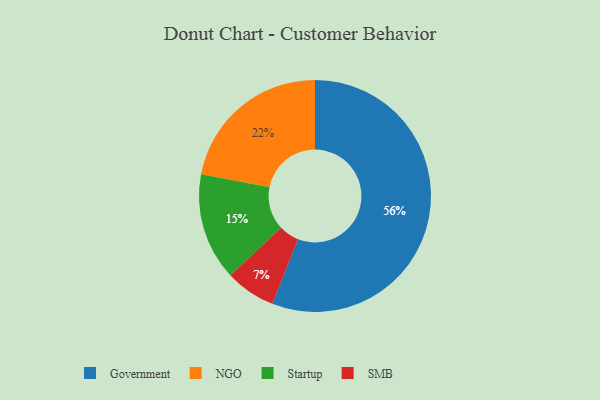
{"axis": {"x": "Category", "y": "Percentage"}, "legend": ["Government", "NGO", "SMB", "Startup"], "data": [{"x": "SMB", "y": 7, "type": "SMB"}, {"x": "Government", "y": 56, "type": "Government"}, {"x": "Startup", "y": 15, "type": "Startup"}, {"x": "NGO", "y": 22, "type": "NGO"}]}